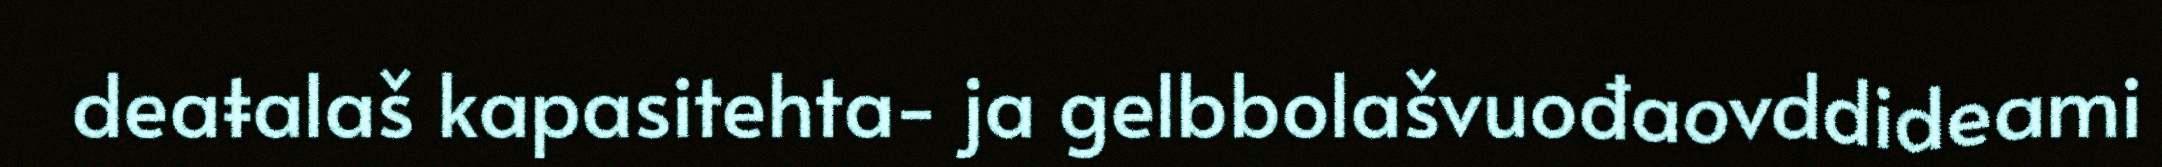
deaŧalaš kapasitehta- ja gelbbolašvuođaovddideami